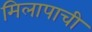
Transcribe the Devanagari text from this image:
मिलापाची